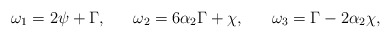
\begin{align*}\omega_1=2\psi+ \Gamma, ~~~~~ \omega_2=6\alpha_2 \Gamma +\chi,~~~~~ \omega_3=\Gamma- 2\alpha_2 \chi, \end{align*}